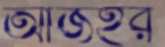
আজহর